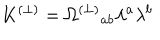
K ^ { ( \perp ) } = \Omega ^ { ( \perp ) } { } _ { a b } \lambda ^ { a } \lambda ^ { b }